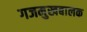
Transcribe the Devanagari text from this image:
गजमुखबालक